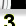
Digit: 3